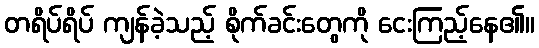
တရိပ်ရိပ် ကျန်ခဲ့သည့် စိုက်ခင်းတွေကို ငေးကြည့်နေ၏။